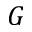
G